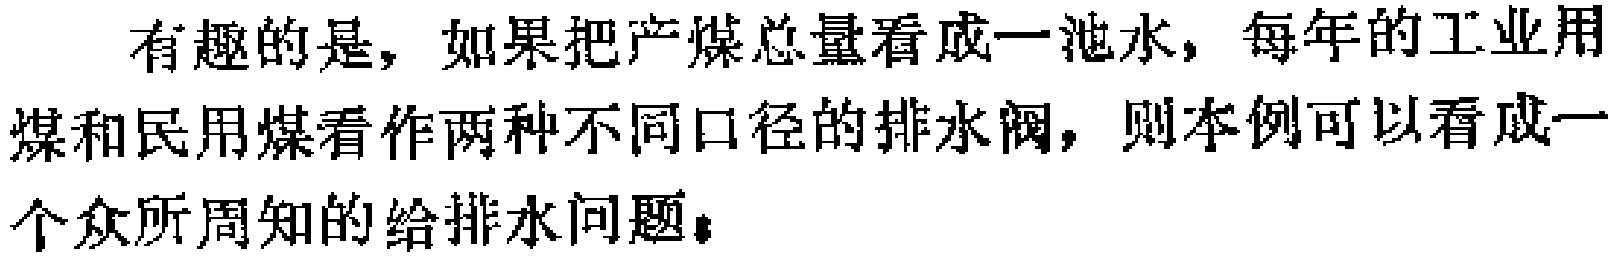
有趣的是，如果把产煤总量看成一池水，每年的工业用煤和民用煤看作两种不同口径的排水阀，则本例可以看成一个众所周知的给排水问题。